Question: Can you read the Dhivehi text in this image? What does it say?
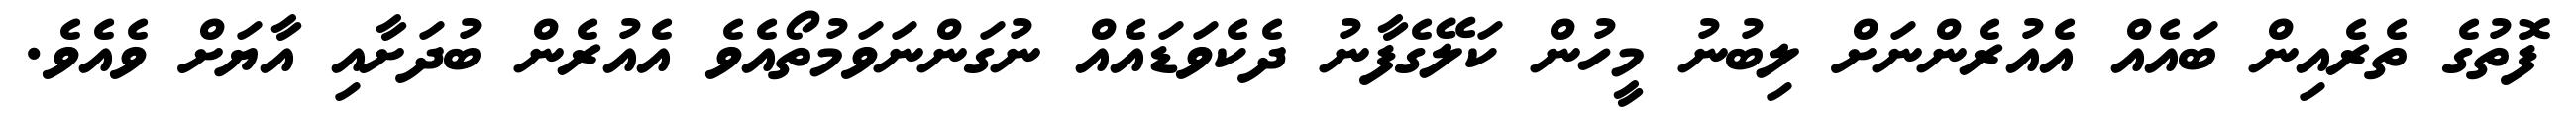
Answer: ފޮތުގެ ތެރެއިން ބައެއް އެއުރެންނަށް ލިބުނު މީހުން ކަލޭގެފާނު ދެކެވަޑައެއް ނުގަންނަވަމުތޯއެވެ އެއުރެން ބުދަށާއި އާޔަށް ވެއެވެ.